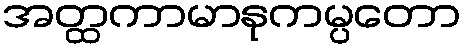
အတ္ထကာမာနုကမ္ပတော